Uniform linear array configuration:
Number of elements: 4
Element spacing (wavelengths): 0.25
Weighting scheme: hann
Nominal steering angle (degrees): -15
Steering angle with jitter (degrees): -16.935
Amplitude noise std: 0.05
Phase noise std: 0.05

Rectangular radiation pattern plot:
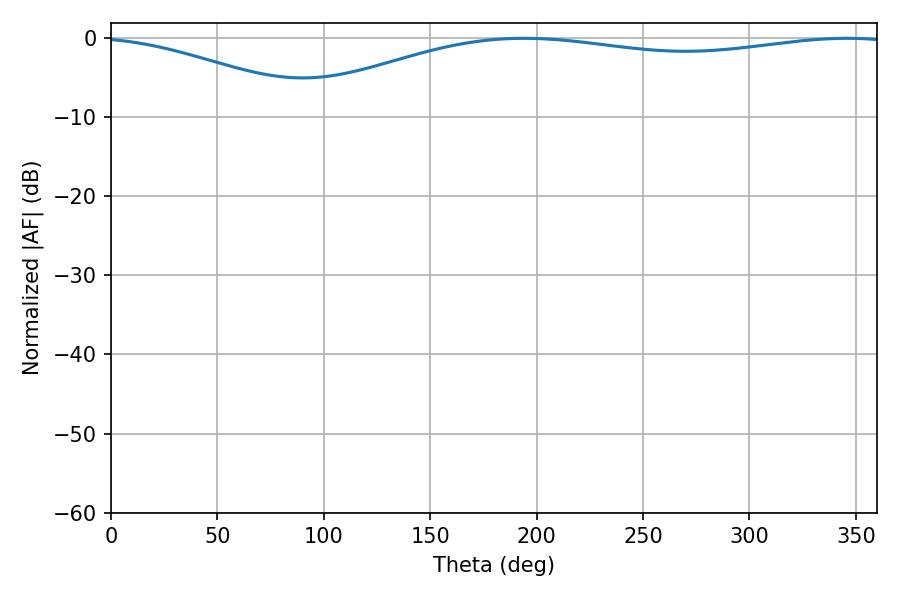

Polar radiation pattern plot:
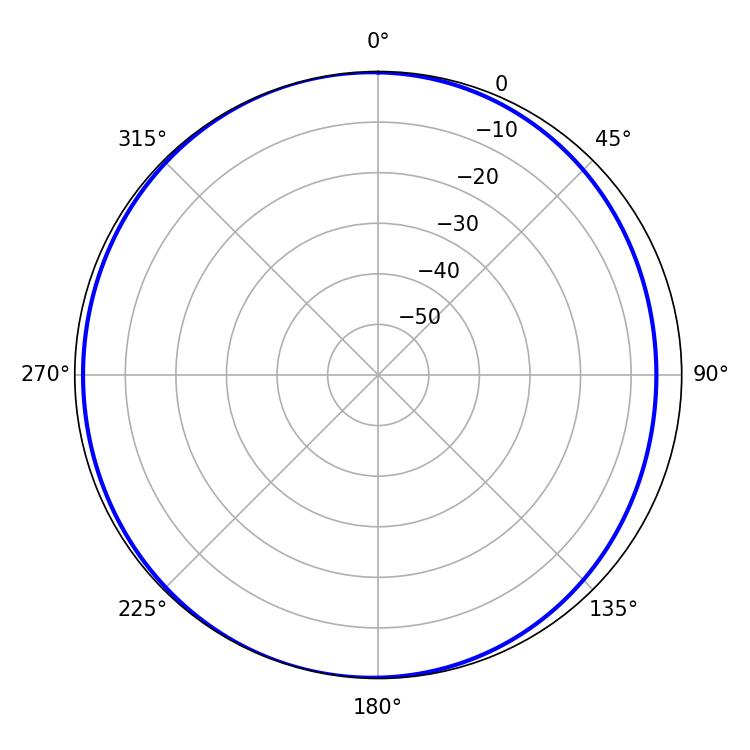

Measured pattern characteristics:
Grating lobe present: FALSE
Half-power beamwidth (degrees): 229.32
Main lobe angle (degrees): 194.04